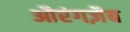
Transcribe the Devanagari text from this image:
औरंगज़ैब